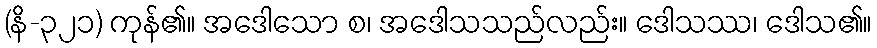
(နိ-၃၂၁) ကုန်၏။ အဒေါသော စ၊ အဒေါသသည်လည်း။ ဒေါသဿ၊ ဒေါသ၏။